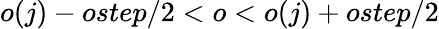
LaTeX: o(j)-ostep/2<o<o(j)+ostep/2